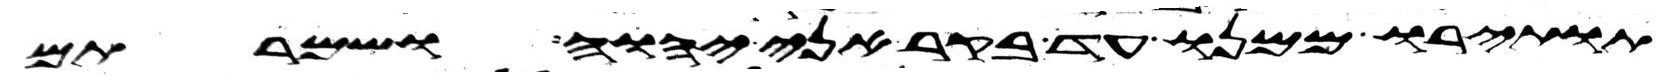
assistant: תותירו ממנו עד בקר אני יהוה ושמרתם